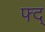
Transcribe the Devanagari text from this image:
फ्द्